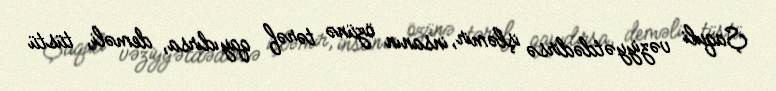
Şaquli vəziyyətdədirsə işləmir, insanın özünə tərəf qayıdırsa, deməli, tüstü